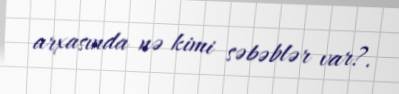
arxasında nə kimi səbəblər var?.